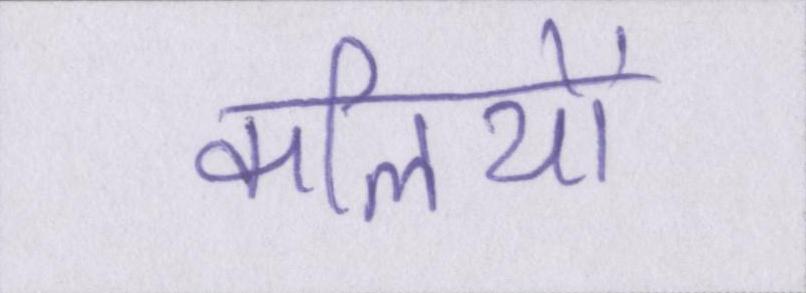
कलियों